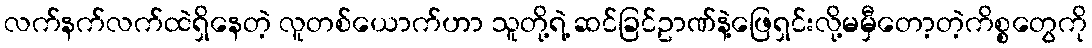
လက်နက်လက်ထဲရှိနေတဲ့ လူတစ်ယောက်ဟာ သူတို့ရဲ့ ဆင်ခြင်ဥာဏ်နဲ့ဖြေရှင်းလို့မမှီတော့တဲ့ကိစ္စတွေကို